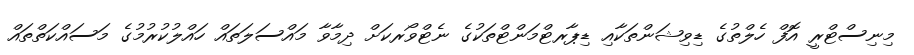
މިނިސްޓްރީ އޮފް ހެލްތުގެ ޑިވިޝަންތަކާއި ޑިޕާރޓްމަންޓްތަކުގެ ނެޓްވޯރކަށް ދިމާވާ މައްސަލަތައް ހައްލުކުރުމުގެ މަސައްކަތްތައް